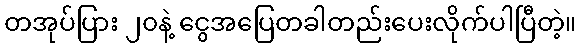
တအုပ်ပြား ၂၀နဲ့ ငွေအပြေတခါတည်းပေးလိုက်ပါပြီတဲ့။